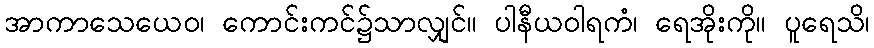
အာကာသေယေဝ၊ ကောင်းကင်၌သာလျှင်။ ပါနီယဝါရကံ၊ ရေအိုးကို။ ပူရေသိ၊